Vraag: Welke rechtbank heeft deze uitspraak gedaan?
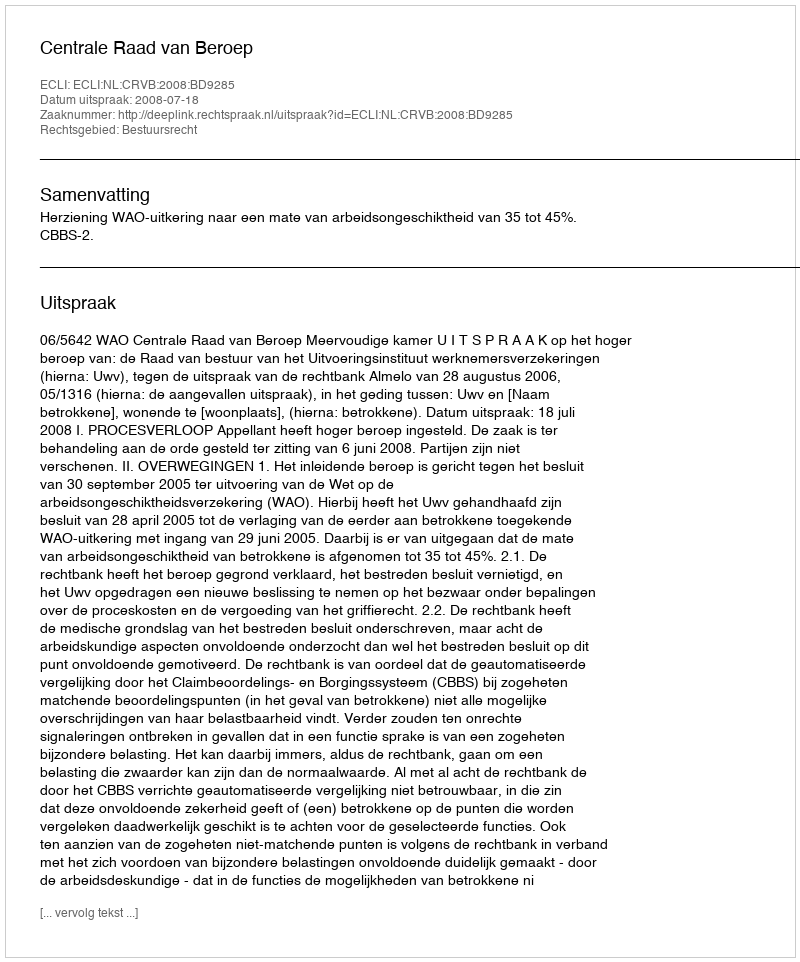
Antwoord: Centrale Raad van Beroep